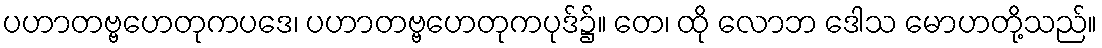
ပဟာတဗ္ဗဟေတုကပဒေ၊ ပဟာတဗ္ဗဟေတုကပုဒ်၌။ တေ၊ ထို လောဘ ဒေါသ မောဟတို့သည်။